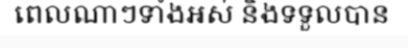
ពេលណាៗទាំងអស់ និងទទួលបាន